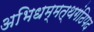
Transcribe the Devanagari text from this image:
अभिधम्मत्थगंठिपद